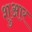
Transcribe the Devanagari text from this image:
शुआर